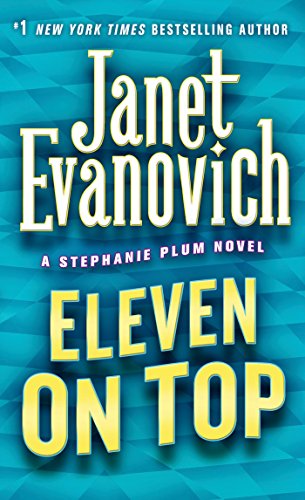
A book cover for Eleven on Top (Stephanie Plum, No. 11) (Stephanie Plum Novels); Janet Evanovich; Romance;